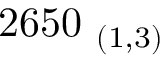
2 6 5 0 _ { \ ( 1 , 3 ) }